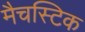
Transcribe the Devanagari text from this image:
मैचस्टिक